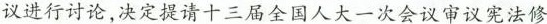
议进行讨论，决定提请十三届全国人大一次会议审议宪法修